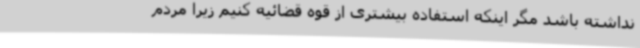
نداشته باشد مگر اینکه استفاده بیشتری از قوه قضائیه کنیم زیرا مردم